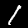
Digit: 1